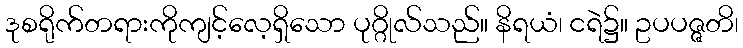
ဒုစရိုက်တရားကိုကျင့်လေ့ရှိသော ပုဂ္ဂိုလ်သည်။ နိရယံ၊ ငရဲ၌။ ဥပပဇ္ဇတိ၊